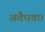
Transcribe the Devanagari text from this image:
अवैधता।